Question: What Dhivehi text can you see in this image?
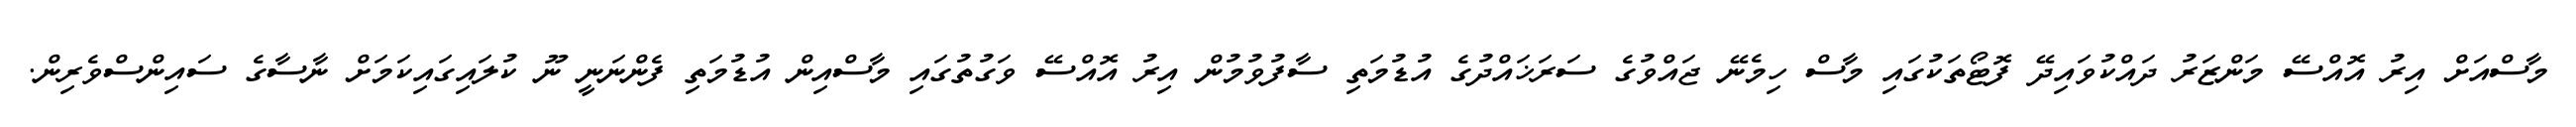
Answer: މާސްއަށް އިރު އޮއްސޭ މަންޒަރު ދައްކުވައިދޭ ފޮޓޯތަކުގައި މާސް ހިމެނޭ ޖައްވުގެ ސަރަޚައްދުގެ އުޑުމަތި ސާފުވުމުން އިރު އޮއްސޭ ވަގުތުގައި މާސްއިން އުޑުމަތި ފެންނަނީ ނޫ ކުލައިގައިކަމަށް ނާސާގެ ސައިންސްވެރިން.